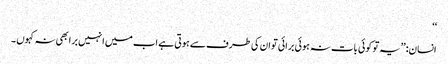
‘‘
انسان: ’’یہ تو کوئی بات نہ ہوئی برائی تو ان کی طرف سے ہوتی ہے اب میں انہیں برا بھی نہ کہوں ۔